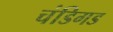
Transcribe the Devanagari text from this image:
चंडिगड